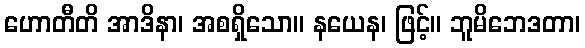
ဟောတီတိ အာဒိနာ၊ အစရှိသော။ နယေန၊ ဖြင့်။ ဘူမိဘေဒတာ၊